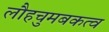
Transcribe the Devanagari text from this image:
लौहचुमबकत्व